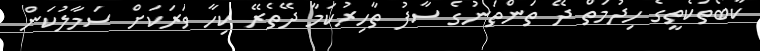
ކާބޯތަކެތީގެ ހިދުމަތް ދޭ ތަންތަނުގެ ސާފު ތާހިރުކަމާ ދޭތެރޭ ކިހާ ވަރަކަށް ސަމާލުކަން